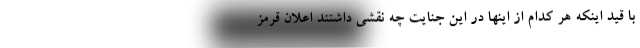
با قید اینکه هر کدام از اینها در این جنایت چه نقشی داشتند اعلان قرمز